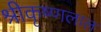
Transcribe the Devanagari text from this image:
श्रीकृष्णलाल